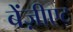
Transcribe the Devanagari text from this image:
बेंज़ीएट